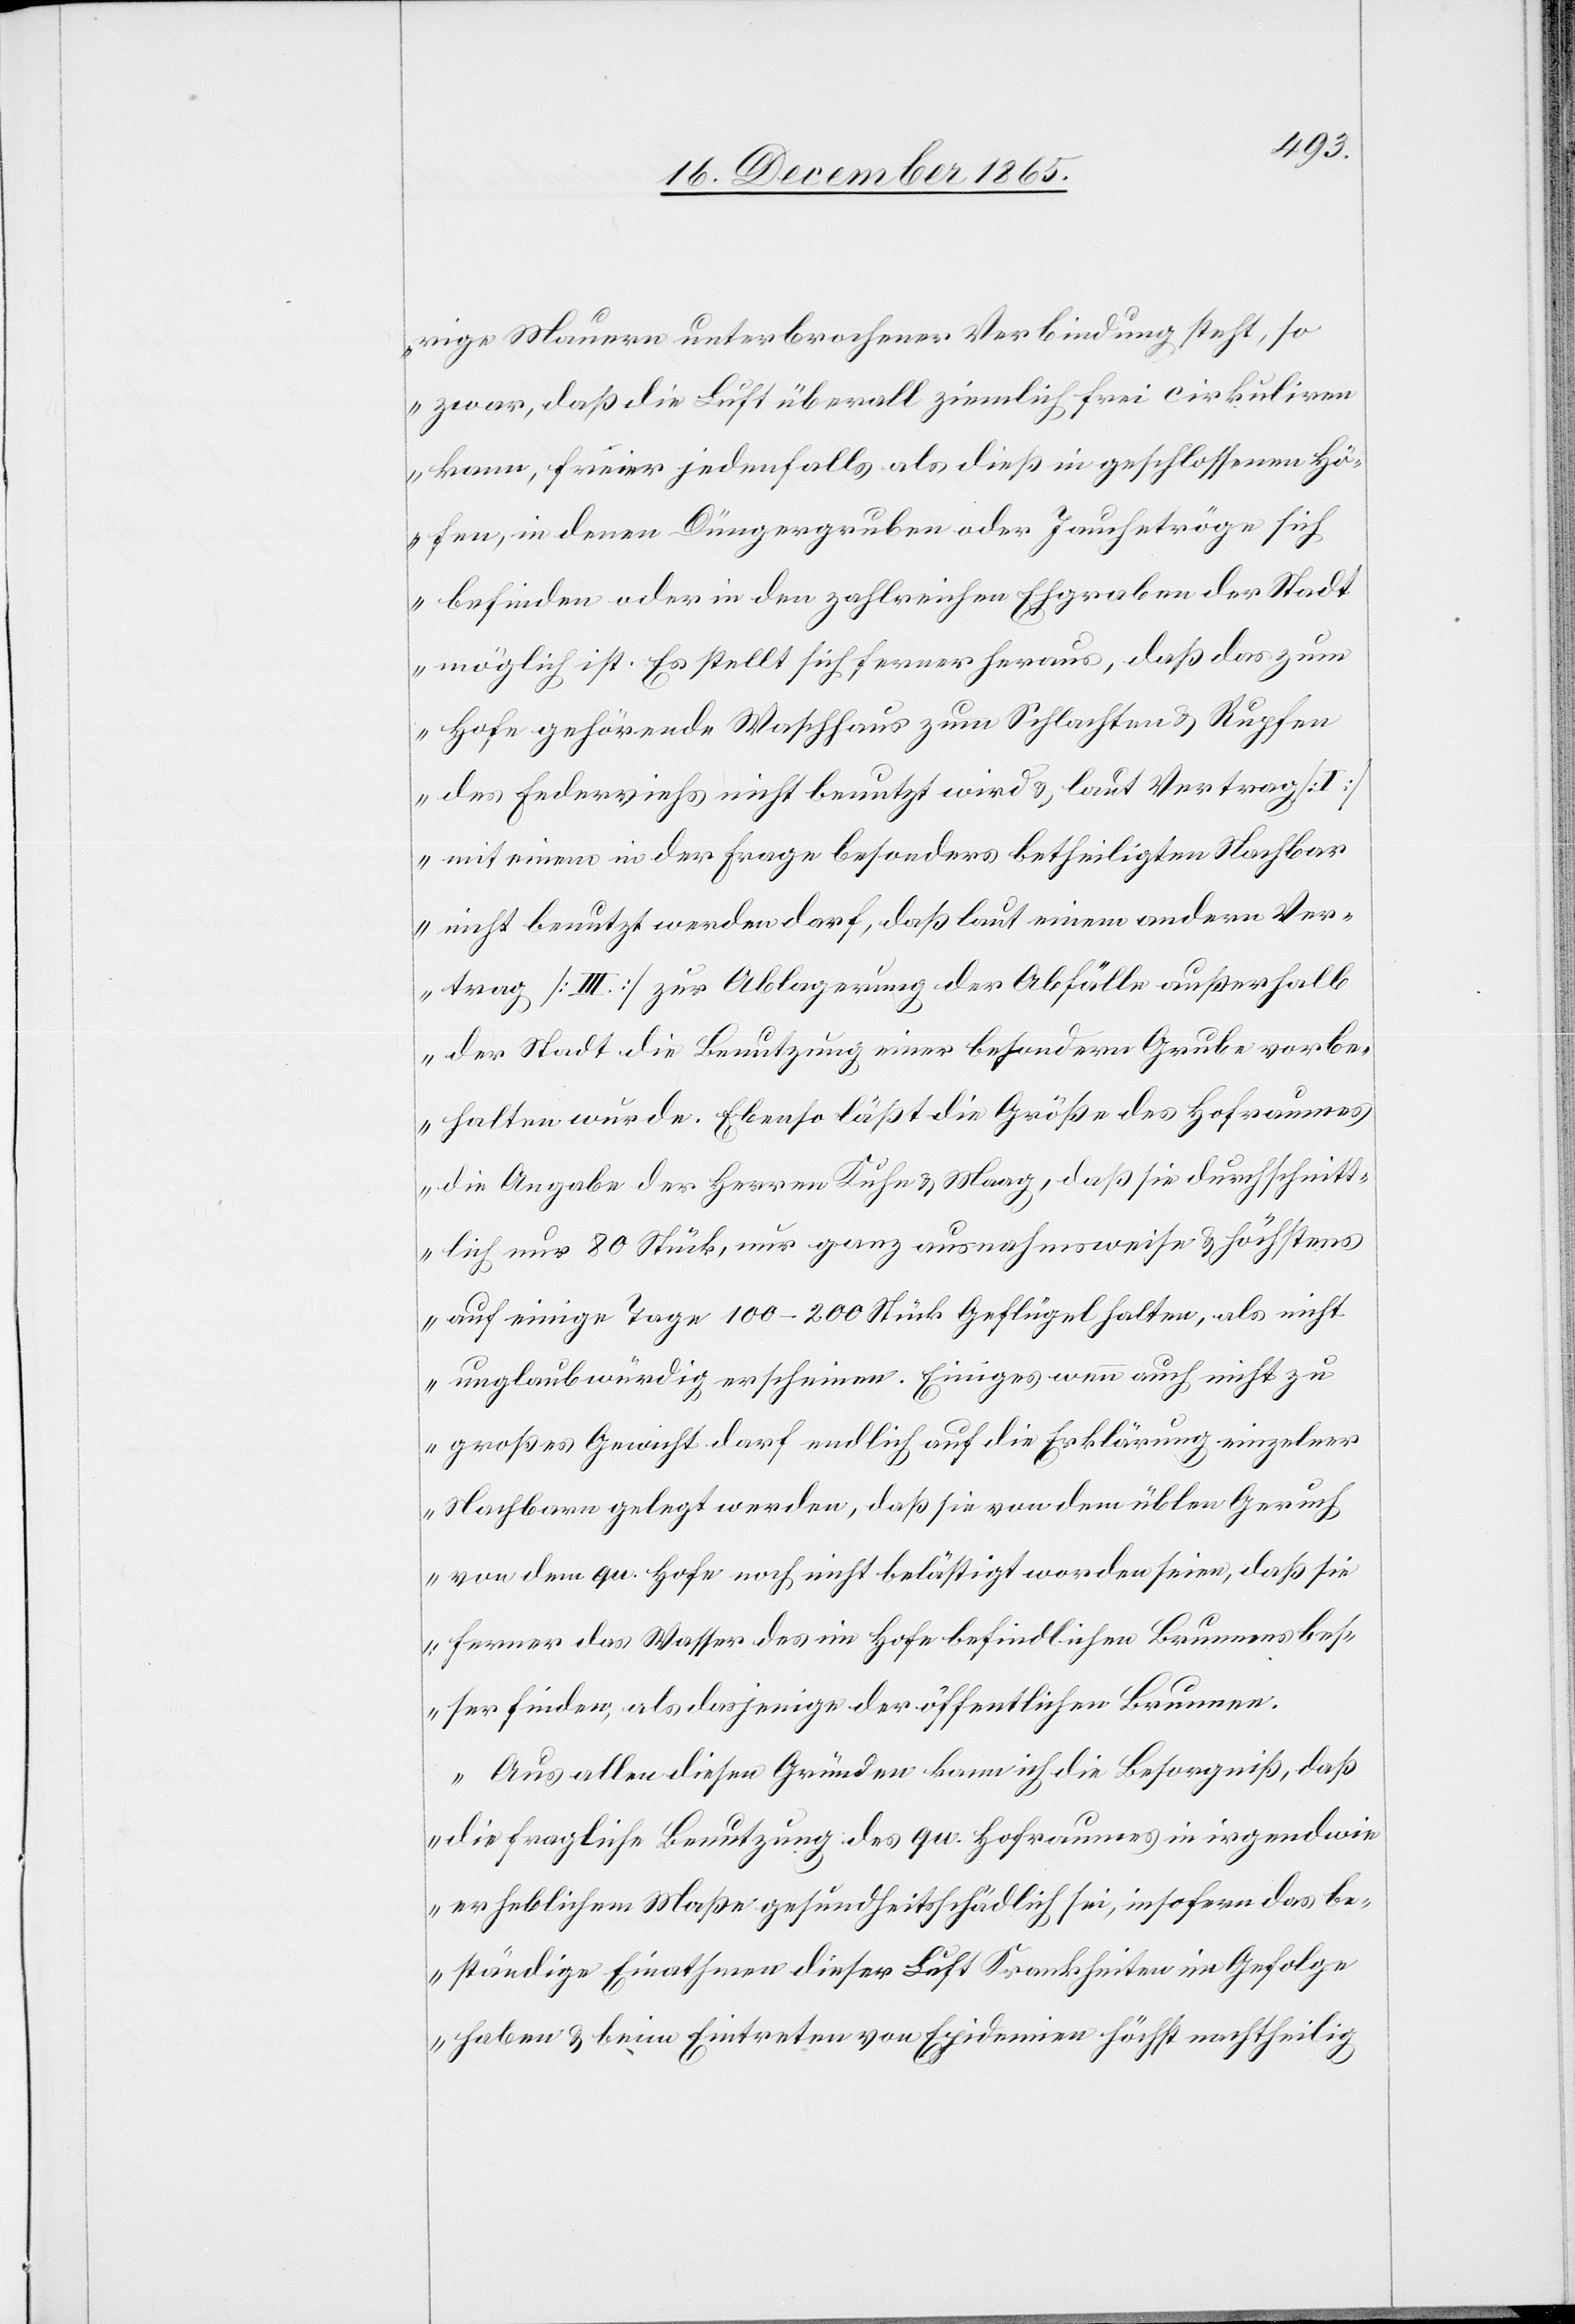
rige Mauern unterbrochener Verbindung steht, so
zwar, daß die Luft überall ziemlich frei cirkuliren
kann, freier jedenfalls als dieß in geschlossenen Hö¬
fen, in denen Düngergruben oder Jauchetröge sich
befinden oder in den zahlreichen Ehgraben der Stadt
möglich ist. Es stellt sich ferner heraus, daß das zum
Hofe gehörende Waschhaus zum Schlachten & Rupfen
des Federviehs nicht benutzt wird & laut Vertrag
mit einem in der Frage besonders betheiligten Nachbar
nicht benutzt werden darf, daß laut einem andern Ver¬
trage [III] zur Ablagerung der Abfälle außerhalb
der Stadt die Benutzung einer besondern Grube vorbe¬
halten wurde. Ebenso läßt die Größe des Hofraumes
die Angabe der Herren Kuhn & Maag, daß sie durchschnitt¬
lich nur 80 Stück, nur ganz ausnahmsweise & höchstens
auf einige Tage 100–200 Stück Geflügel halten, als nicht
unglaubwürdig erscheinen. Einiges wenn auch nicht zu
großes Gewicht darf endlich auf die Erklärung einzelner
Nachbarn gelegt werden, daß sie von dem üblen Geruch
von dem qu. Hofe noch nicht belästigt worden seien, daß sie
ferner das Wasser des im Hofe befindlichen Brunnens bes¬
ser finden, als dasjenige der öffentlichen Brunnen.
Aus allen diesen Gründen kann ich die Besorgniß, daß
die fragliche Benutzung des qu. Hofraumes in irgendwie
erheblichem Maße gesundheitsschädlich sei, insofern das be¬
ständige Einathmen dieser Luft Krankheiten im Gefolge
habe & bei Eintreten von Epidemien höchst nachtheilig